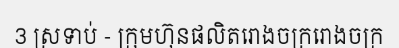
3 ស្រទាប់ - ក្រុមហ៊ុនផលិតរោងចក្ររោងចក្រ